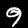
Digit: 9